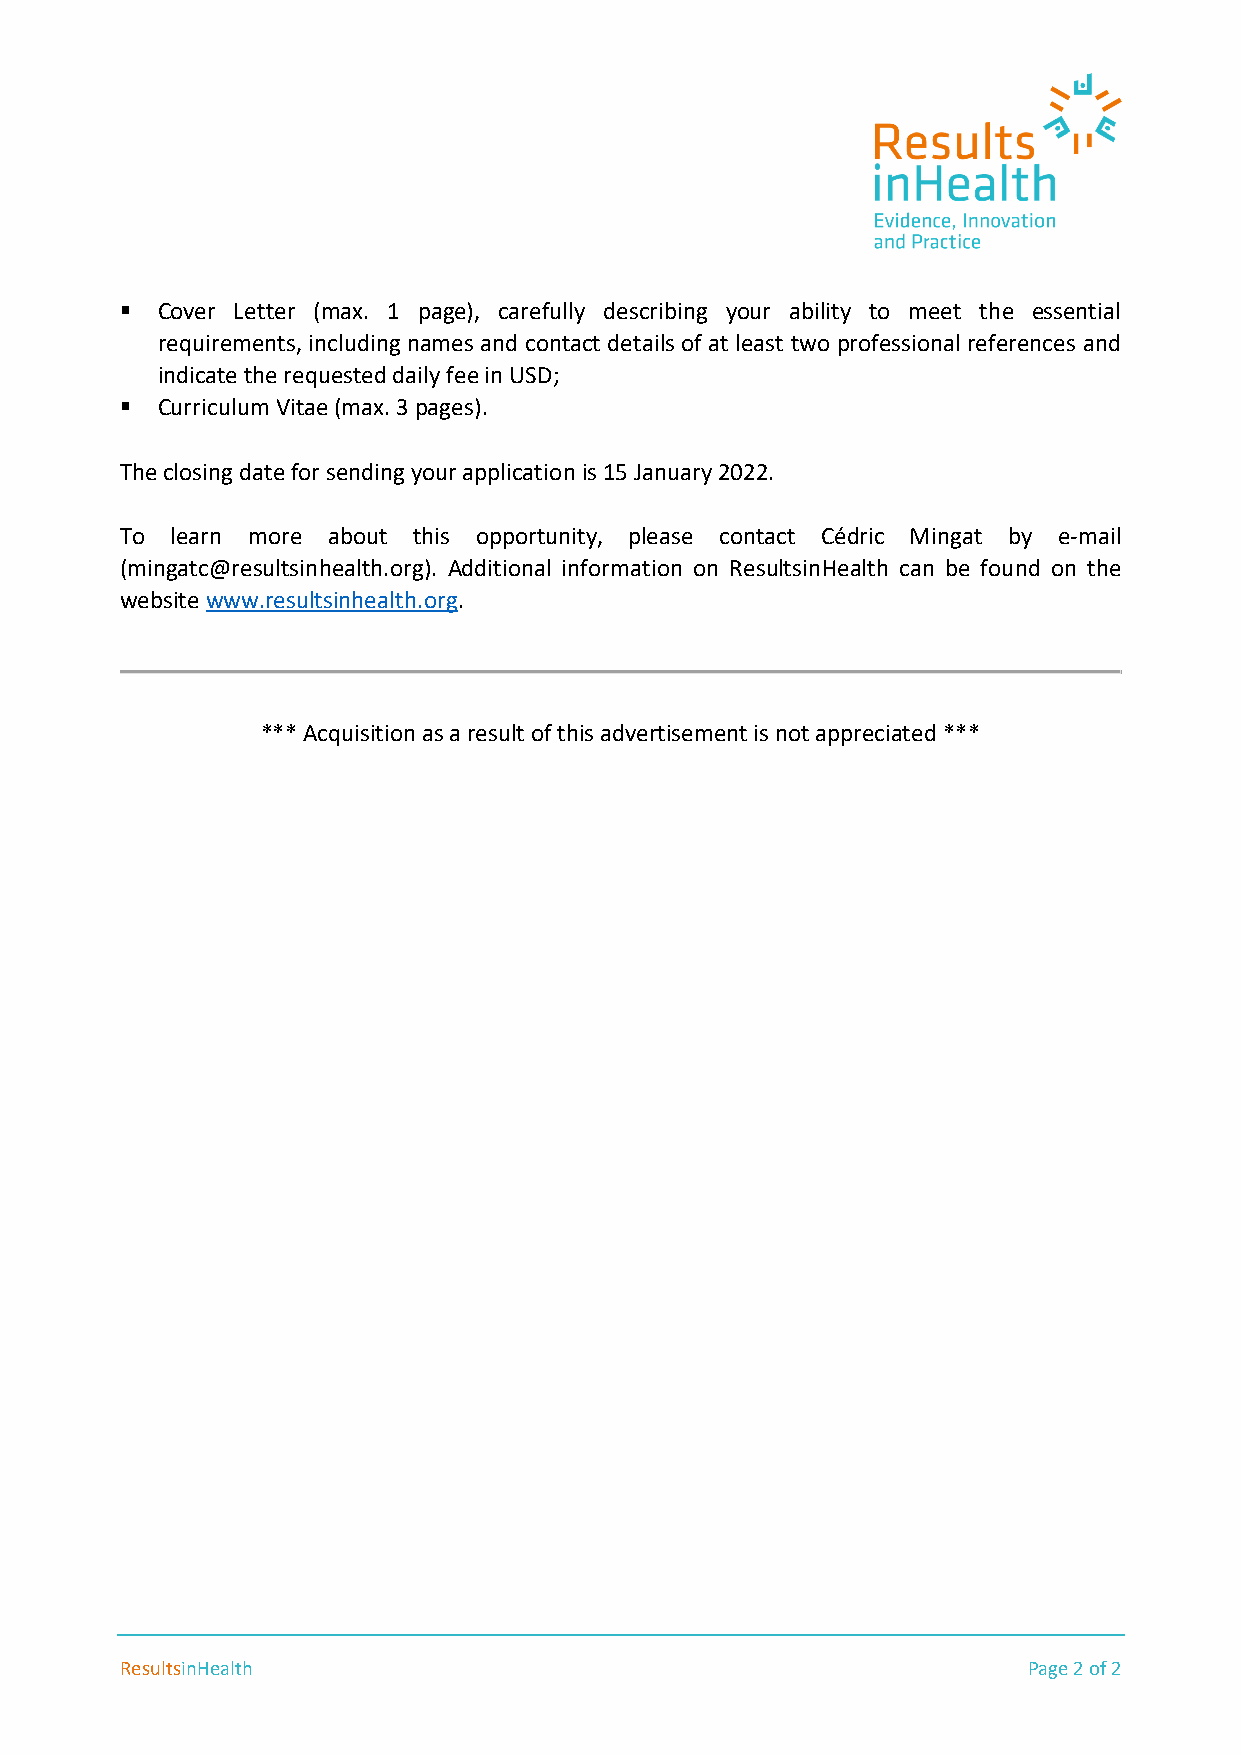
 Cover Letter (max. 1 page), carefully describing your ability to meet the essential
 requirements, including names and contact details of at least two professional references and
 indicate the requested daily fee in USD;
  Curriculum Vitae (max. 3 pages).
 The closing date for sending your application is 15 January 2022.
 To learn more about this opportunity, please contact Cédric Mingat by e-mail
 (mingatc@resultsinhealth.org). Additional information on ResultsinHealth can be found on the
 website www.resultsinhealth.org.
 *** Acquisition as a result of this advertisement is not appreciated ***
 ResultsinHealth                                             Page 2 of 2